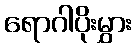
ရောဂါပိုးမွှား